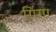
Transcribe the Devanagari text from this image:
गिंगा